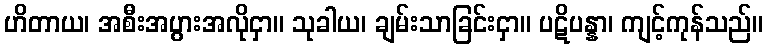
ဟိတာယ၊ အစီးအပွားအလိုငှာ။ သုခါယ၊ ချမ်းသာခြင်းငှာ။ ပဋိပန္နာ၊ ကျင့်ကုန်သည်။